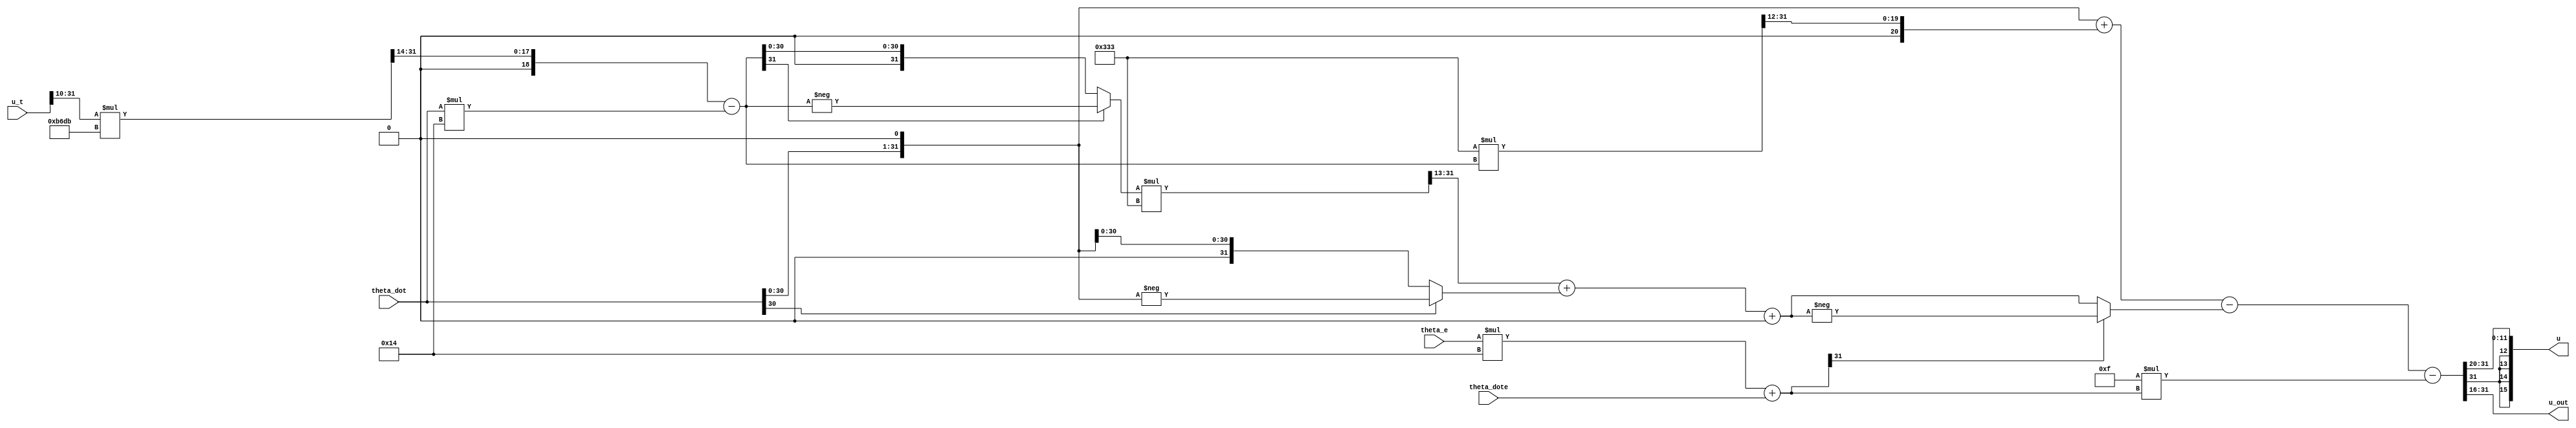
module smc_controller(
	input signed [31:0]u_t,
	input signed [31:0]theta_dot,
	input signed [31:0]theta_e,
	input signed [31:0]theta_dote,
	output signed [15:0]u,
	output signed [15:0]u_out
);

	//debug
	//reg limit1,limit2,limit3,limit4,limit5,limit6,limit7,limit8,limit9,limit10,limit11,limit12,limit13;
	//assign limit = {limit13,limit12,limit11,limit10,limit9,limit8,limit7,limit6,limit5,limit4,limit3,limit2,limit1};
	//SMC controller variable
	reg signed [31:0] theta_e_r;
	reg signed [31:0] theta_dote_r;
	parameter [3:0]k = 4'd15;
	parameter [3:0]dm = 4'd0;
	parameter [4:0]lambda = 5'd20;
	//parameter [3:0]ba = 4'd2; //?*ba --> modified "?<<1";
	parameter [12:0]ja = 13'b0001100110011; //0.1 usfix13_En12
	parameter [15:0]divided_eff = 16'b1011011011011011; // sfix16_En14/0.35 --> *2.85714 => 2.85711669921875
	//parameter [15:0] portional = 16'b0000010101110101; 
	reg signed [31:0]s_smc;
	reg signed [31:0]s_smc1;
	reg signed [31:0]h_smc;
	reg signed [31:0]h_smc1;
	reg signed [31:0]h_smc2;
	reg signed [31:0]h_smc2_2;
	reg signed [31:0]h_smc2_2_abs;
	reg signed [31:0]h_smc2_2_1;
	reg signed [31:0]h_smc2_2_2;
	reg signed [31:0]h_smc3;
	reg signed [31:0]h_smc3_abs;
	reg signed [31:0]u_smc;
	reg signed [31:0]u_smc1;
	reg signed [31:0]u_smc2;
	reg signed [31:0]u_smc3;
	//wire signed [15:0]u_out;

	//SMC_Controller
	always@(*) begin //TODO: pipeline
	//s=en_dot+lambda*en

		{s_smc1} = theta_e * lambda;
		// negative sambol over 
		{s_smc} = s_smc1 + theta_dote;
		//h=dm+0.5*ja*abs(u/0.35-lambda*theta_dot)+ba*abs(theta_dot)

		{h_smc2_2_1} = ((u_t>>>10) *divided_eff)>>>14;

		{h_smc2_2_2} = theta_dot * lambda;

		{h_smc2_2} = h_smc2_2_1 - h_smc2_2_2;

		if(!h_smc2_2[31])
			{h_smc2_2_abs} = h_smc2_2; //sfix
		else
			{h_smc2_2_abs} = -h_smc2_2;

		{h_smc2} = (h_smc2_2_abs * ja) >>> 13; //>>12 + 1

		{h_smc3} = theta_dot <<<1;

		if(!h_smc3[31])
			{h_smc3_abs} = h_smc3; //sifx
		else
			{h_smc3_abs} = -h_smc3;
			//h_smc3 = h_smc3_1_abs >>>1; //sfix
		{h_smc} = h_smc2 + h_smc3_abs +(dm <<< 10 );
		//y=-K*s-h*sign(s)+ja*(u/0.35-lambda*theta_dot)+ba*(theta_dot)

		{u_smc1} = k * (s_smc);

		if(!s_smc[31])
			u_smc2 = h_smc;
		else
			u_smc2 = -h_smc;
		{u_smc3} = (ja * h_smc2_2)>>>12;
		{u_smc} = h_smc3 + u_smc3 - u_smc2 -u_smc1;
	end
	assign u_out = u_smc[31:16]; //{{16'b0,u_smc} * portional}>>16;
	assign u = u_out >>>4;
endmodule